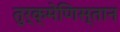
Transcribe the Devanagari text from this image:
तुर्क्मेणिस्तान